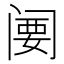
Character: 𬮲